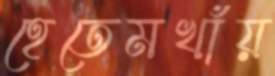
হেতেমখাঁয়